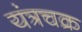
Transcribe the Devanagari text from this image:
यंत्रचक्र